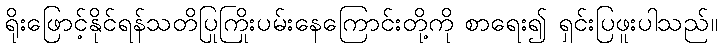
ရိုးဖြောင့်နိုင်ရန်သတိပြုကြိုးပမ်းနေကြောင်းတို့ကို စာရေး၍ ရှင်းပြဖူးပါသည်။